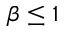
\beta \leq 1